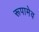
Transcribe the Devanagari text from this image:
रूपामेव